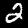
Label: 2